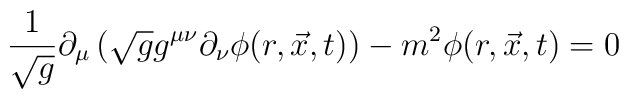
\frac{1}{\sqrt{g}} \partial_{\mu}\left(\sqrt{g}g^{\mu\nu}\partial_{\nu}\phi(r,\vec{x},t)\right) - m^2 \phi(r,\vec{x},t)=0